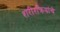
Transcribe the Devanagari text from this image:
शरीरक्रियांचे